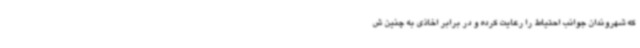
که شهروندان جوانب احتیاط را رعایت کرده و در برابر اخاذی به چنین ش